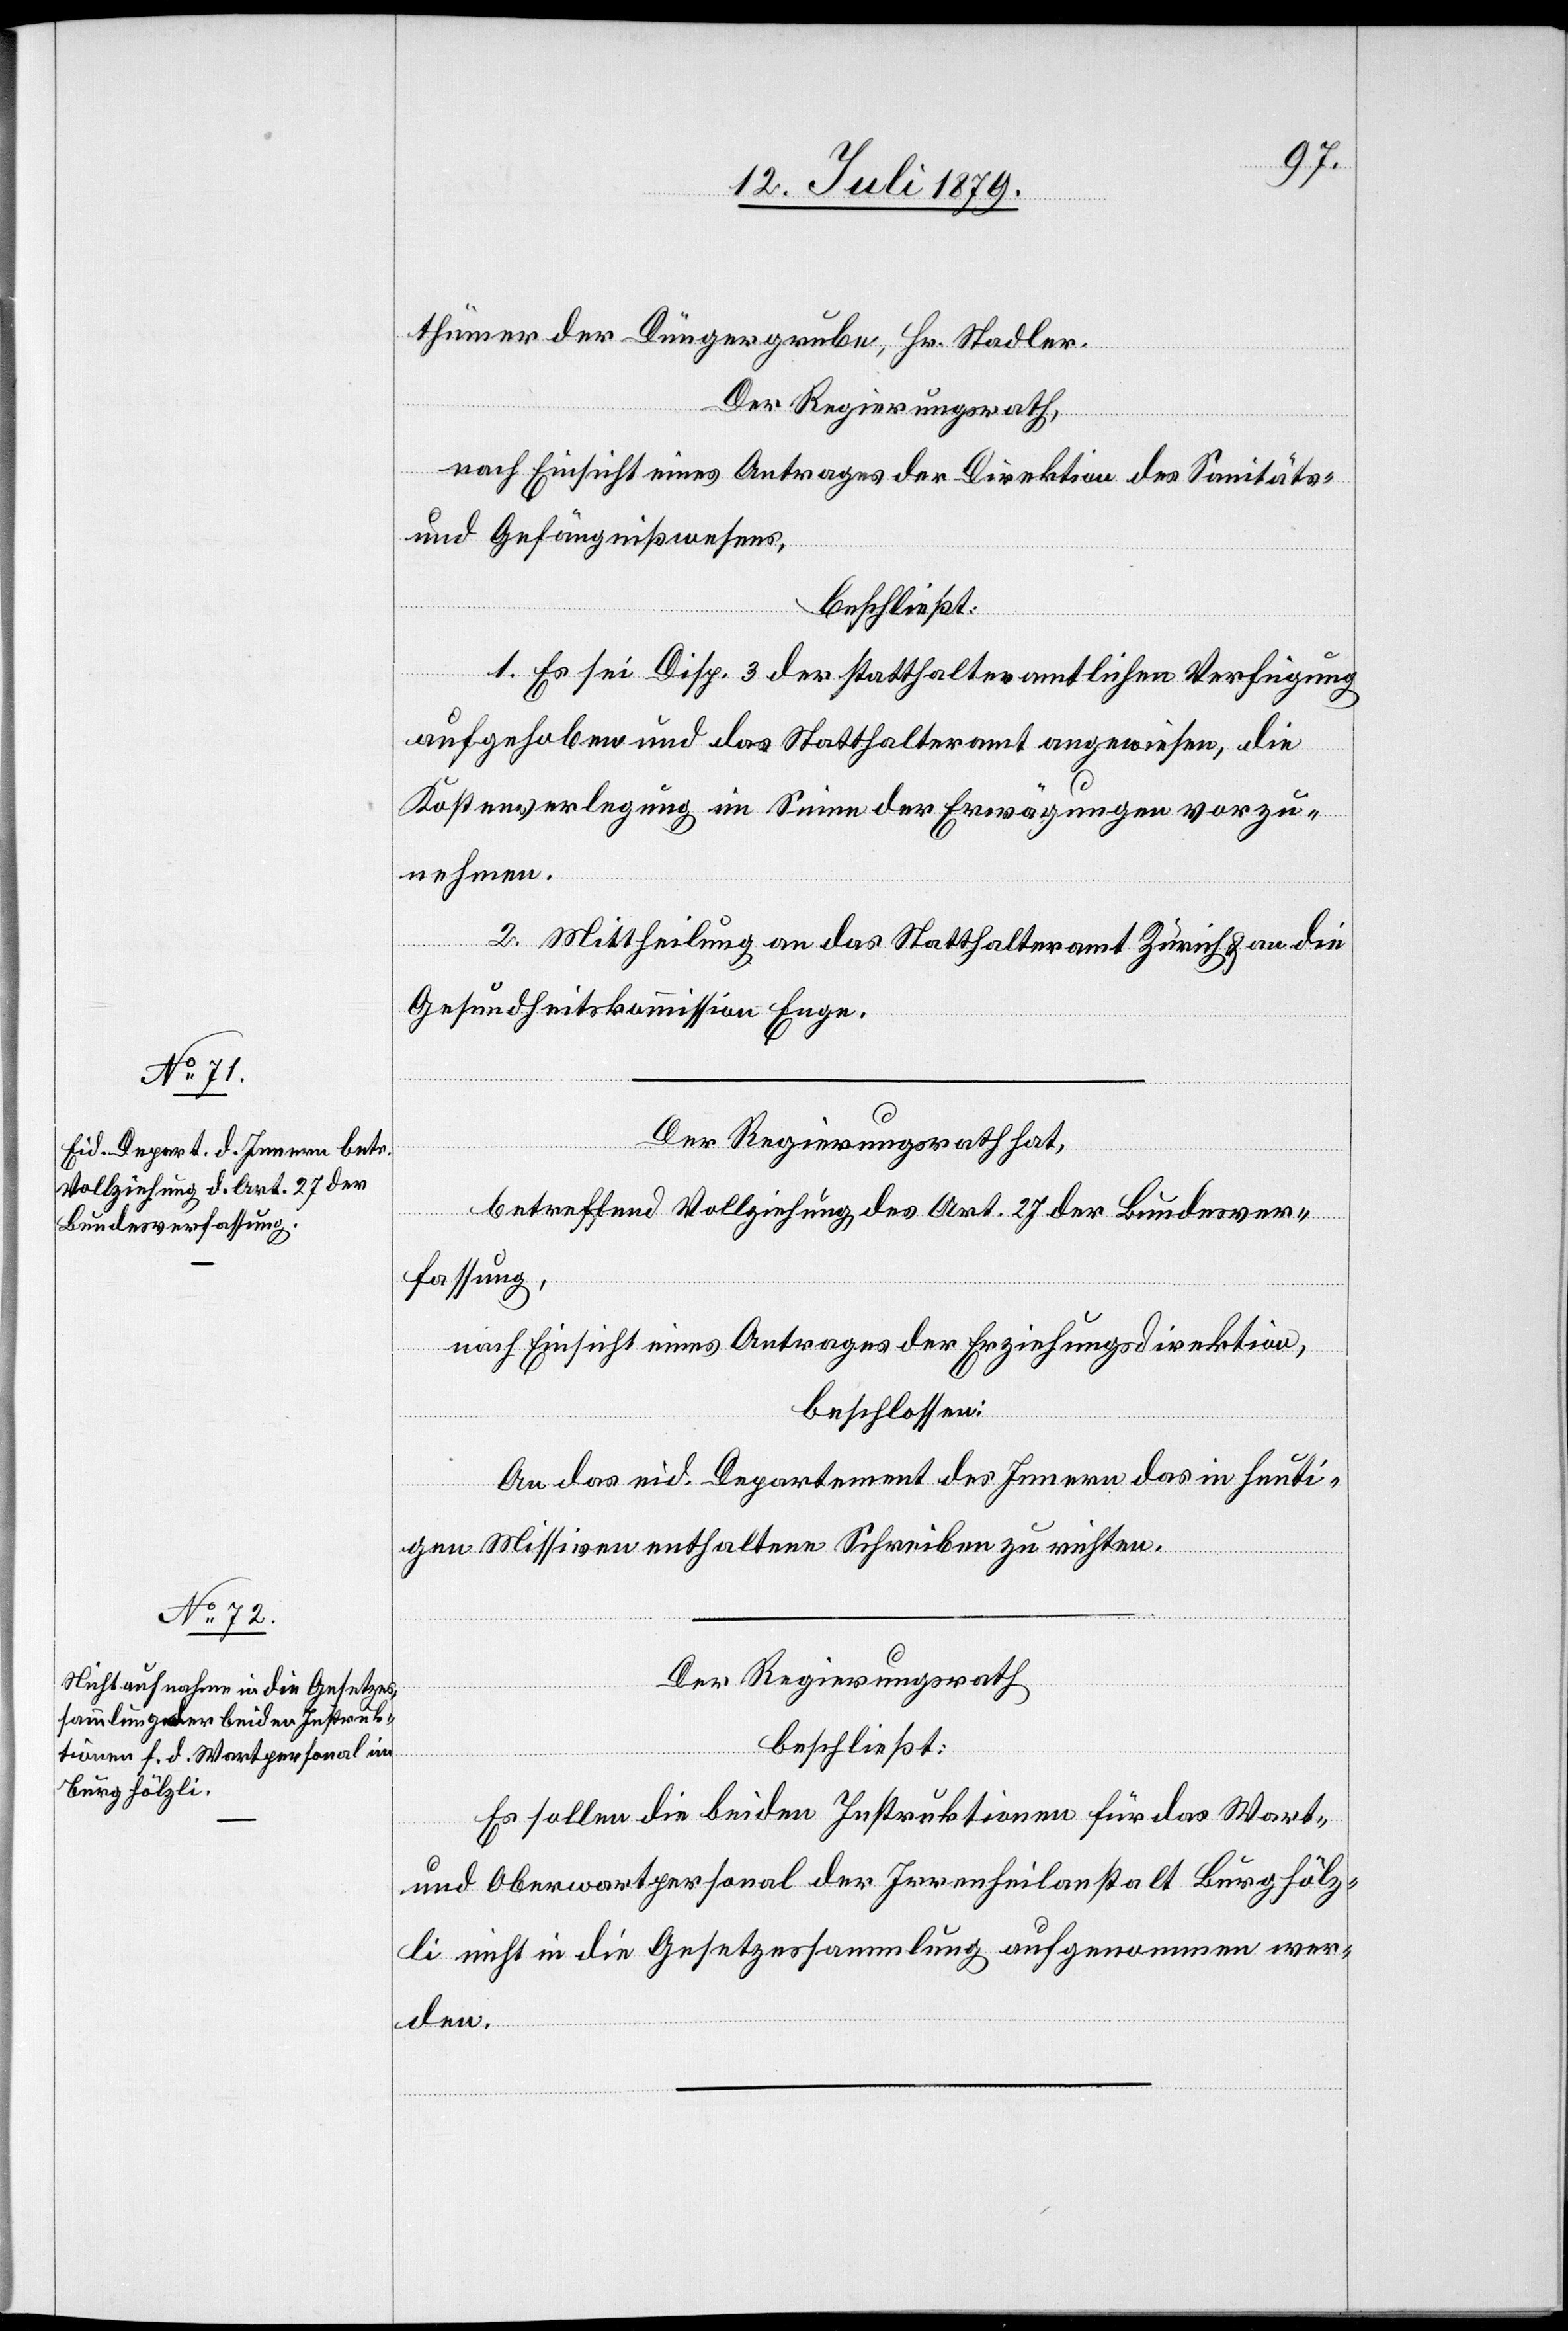
thümer der Düngergrube, Hr. Stadler.
Der Regierungsrath,
nach Einsicht eines Antrages der Direktion des Sanitäts-
und Gefängnißwesens,
beschließt:
1. Es sei Disp. 3 der statthalteramtlichen Verfügung
aufgehoben und das Statthalteramt angewiesen, die
Kostenverlegung im Sinne der Erwägungen vorzu¬
nehmen.
2. Mittheilung an das Statthalteramt Zürich & an die
Gesundheitskommission Enge.
Der Regierungsrath hat,
betreffend Vollziehung des Art. 27 der Bundesver¬
fassung,
nach Einsicht eines Antrages der Erziehungsdirektion,
beschlossen:
An das eid. Departement des Innern das in heuti¬
gen Missiven enthaltene Schreiben zu richten.
Der Regierungsrath,
beschließt:
Es sollen die beiden Instruktionen für das Wart-
und Oberwartpersonal der Irrenheilanstalt Burghölz¬
li nicht in die Gesetzessammlung aufgenommen wer¬
den.